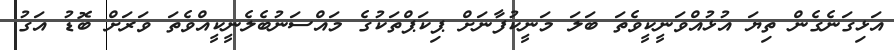
އަޅިގަނެގެން ތިޔަ އުޅުއްވަނީކީވެތަ ބަލަ މަނީކުފާނަށް ޕިކަޕްތަކުގެ މައްސަނުބެލެނީކީއްވެތަ ވަރަށް ބޮޑު އަގު